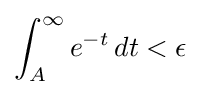
\int _{A}^{\infty }e^{-t}\,dt<\epsilon